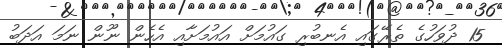
15 ދުވަހުގެ ތެރޭގައި އެނބުރި ގައުމަށް އައުމަށާއި އެހެން ނޫން ނަމަ އަދަބު